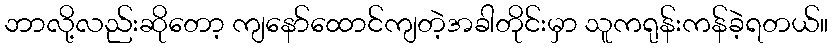
ဘာလို့လည်းဆိုတော့ ကျနော်ထောင်ကျတဲ့အခါတိုင်းမှာ သူကရုန်းကန်ခဲ့ရတယ်။